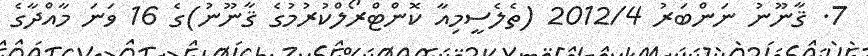
7. ޤާނޫނު ނަންބަރު 2012/4 (ތެލެސީމިއާ ކޮންޓްރޯލްކުރުމުގެ ޤާނޫނު)ގެ 16 ވަނަ މާއްދާގެ